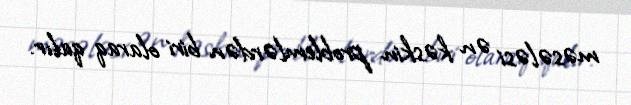
məsələsi ən kəskin problemlərdən biri olaraq qalır.